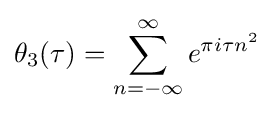
\theta _{3}(\tau )=\sum _{n=-\infty }^{\infty }e^{\pi i\tau n^{2}}